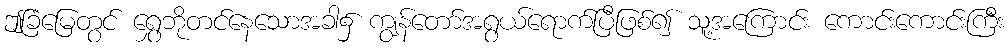
ဤခြံမြေတွင် ရွှေဘိုတင်နေသောအခါ၌ ကျွန်တော်အရွယ်ရောက်ပြီဖြစ်၍ သူ့အကြောင်း ကောင်းကောင်းကြီး